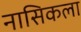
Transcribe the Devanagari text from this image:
नासिकला